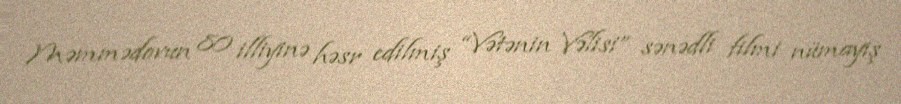
Məmmədovun 80 illiyinə həsr edilmiş “Vətənin Vəlisi” sənədli filmi nümayiş